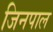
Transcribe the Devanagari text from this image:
जिनपाल